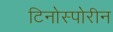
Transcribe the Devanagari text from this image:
टिनोस्पोरीन